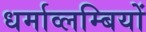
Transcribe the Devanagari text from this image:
धर्माव्लम्बियों